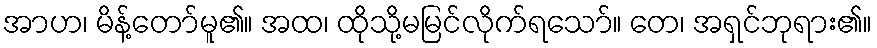
အာဟ၊ မိန့်တော်မူ၏။ အထ၊ ထိုသို့မမြင်လိုက်ရသော်။ တေ၊ အရှင်ဘုရား၏။